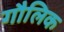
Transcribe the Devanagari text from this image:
गौलिक